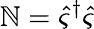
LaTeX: \mathbb{N}=\hat{{\varsigma}}^{\dagger}\hat{{\varsigma}}